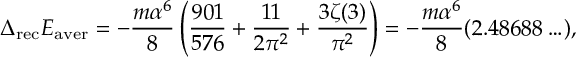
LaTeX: \Delta _ { \mathrm { r e c } } E _ { \mathrm { a v e r } } = - \frac { m \alpha ^ { 6 } } { 8 } \left( \frac { 9 0 1 } { 5 7 6 } + \frac { 1 1 } { 2 \pi ^ { 2 } } + \frac { 3 \zeta ( 3 ) } { \pi ^ { 2 } } \right) = - \frac { m \alpha ^ { 6 } } { 8 } ( 2 . 4 8 6 8 8 \ldots ) ,